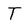
Character: t